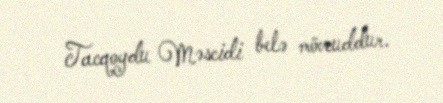
Tacqoydu Məscidi belə mövcuddur.